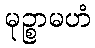
မုဉ္စာမဟံ